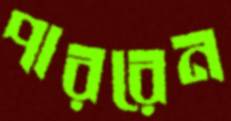
পাররেন